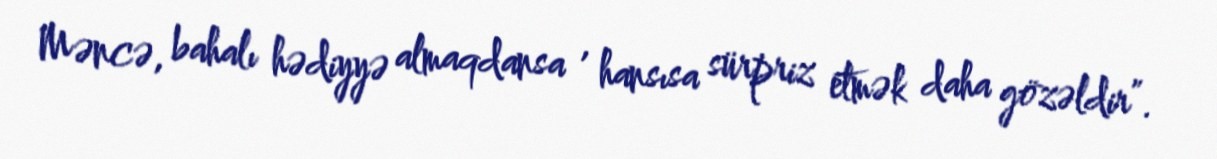
Məncə, bahalı hədiyyə almaqdansa , hansısa sürpriz etmək daha gözəldir”.